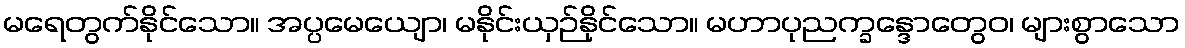
မရေတွက်နိုင်သော။ အပ္ပမေယျော၊ မနိုင်းယှဉ်နိုင်သော။ မဟာပုညက္ခန္ဒောတွေဝ၊ များစွာသော